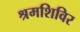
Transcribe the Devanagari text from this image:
श्रमशिविर